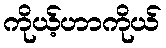
ကိုယ့်ဟာကိုယ်